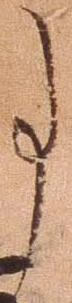
事